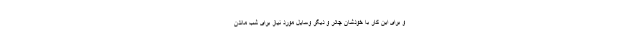
و برای این کار با خودشان چادر و دیگر وسایل مورد نیاز برای شب ماندن